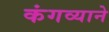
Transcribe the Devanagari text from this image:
कंगव्याने